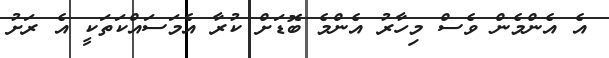
އެ އެންމެން ވެސް މިހާރު އެންމެ ބޮޑަށް ކުރާ އެމަސައްކަތަކީ އެ ރަށު